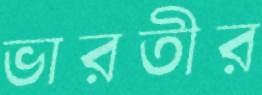
ভারতীর